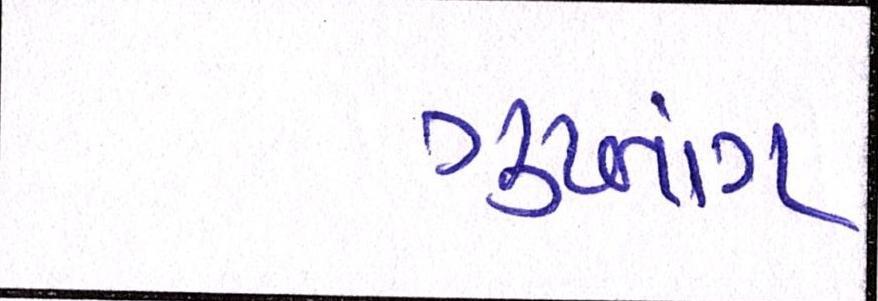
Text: ગુપ્તાંગ